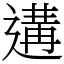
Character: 遘